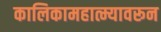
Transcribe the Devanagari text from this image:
कालिकामहात्म्यावरून